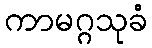
ကာမဂ္ဂသုခံ